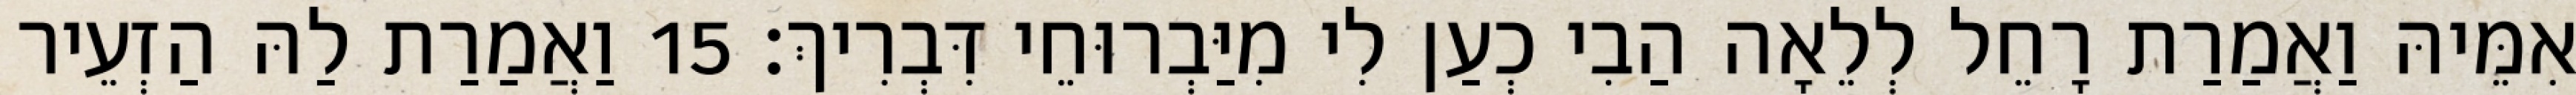
אִמֵּיהּ וַאֲמַרַת רָחֵל לְלֵאָה הַבִי כְעַן לִי מִיַּבְרוּחֵי דִּבְרִיךְ׃ 15 וַאֲמַרַת לַהּ הַזְעֵיר